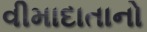
વીમાદાતાનો